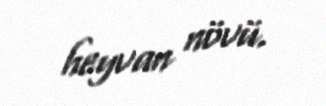
heyvan növü.